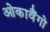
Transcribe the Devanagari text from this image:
ओकावैंगो